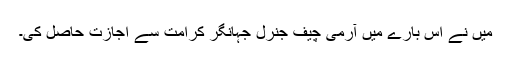
میں نے اس بارے میں آرمی چیف جنرل جہانگر کرامت سے اجازت حاصل کی۔